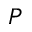
P